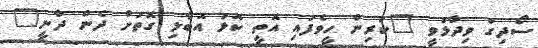
ސޯދިގު ވިދާޅުވީ "ކުރިން ހީވެފައި އޮތީ ކޮޅު އޮބާލި ގޮތަށް ދެން ދާނީ"